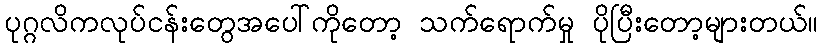
ပုဂ္ဂလိကလုပ်ငန်းတွေအပေါ်ကိုတော့ သက်ရောက်မှု ပိုပြီးတော့များတယ်။